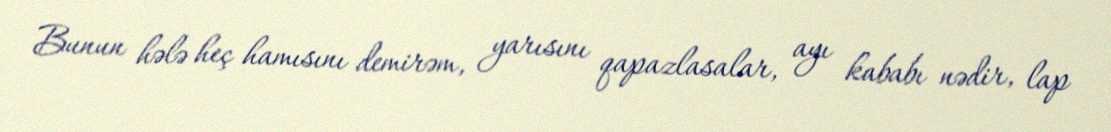
Bunun hələ heç hamısını demirəm, yarısını qapazlasalar, ayı kababı nədir, lap